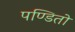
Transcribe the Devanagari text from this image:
पण्डितो